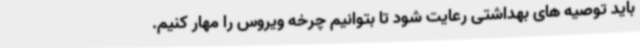
باید توصیه های بهداشتی رعایت شود تا بتوانیم چرخه ویروس را مهار کنیم.